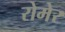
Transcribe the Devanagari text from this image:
रोमेर